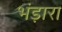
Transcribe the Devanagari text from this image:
भंड़ारा